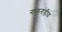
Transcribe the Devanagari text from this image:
गलगंडीय